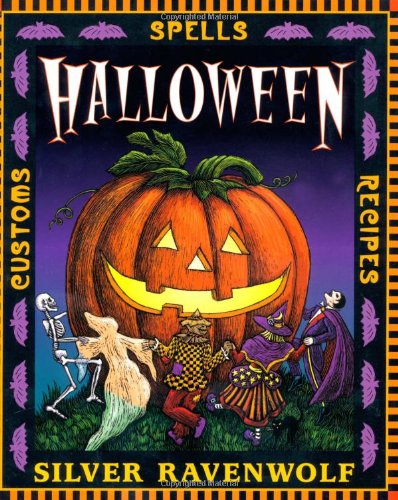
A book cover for Halloween! (Holiday Series); Silver RavenWolf; Politics & Social Sciences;